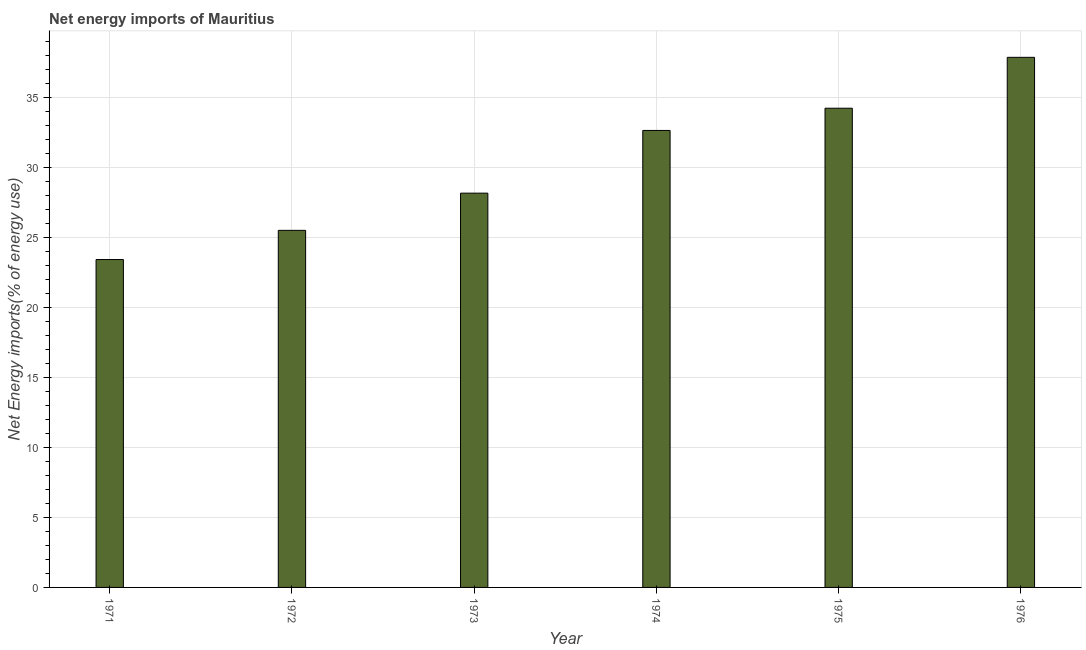
| Year | Energy imports |
 | --- | --- |
 | 1971 | 23.4 |
 | 1972 | 25.5 |
 | 1973 | 28.1 |
 | 1974 | 32.6 |
 | 1975 | 34.2 |
 | 1976 | 37.8 |